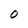
Character: O